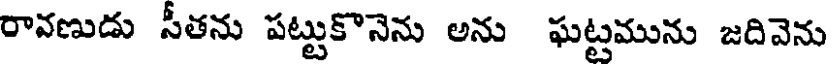
రావణుడు సీతను పట్టుకొనెను అను ఘట్టమును జదివెను